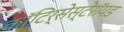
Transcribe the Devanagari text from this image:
कॉटिर्सेस्टेरॉयड